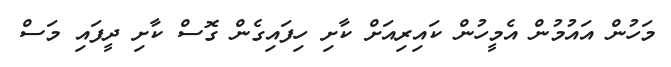
މަހުން އައުމުން އެމީހުން ކައިރިއަށް ކާށި ހިފައިގެން ގޮސް ކާށި ދީފައި މަސް